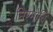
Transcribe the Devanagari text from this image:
निरमोचि